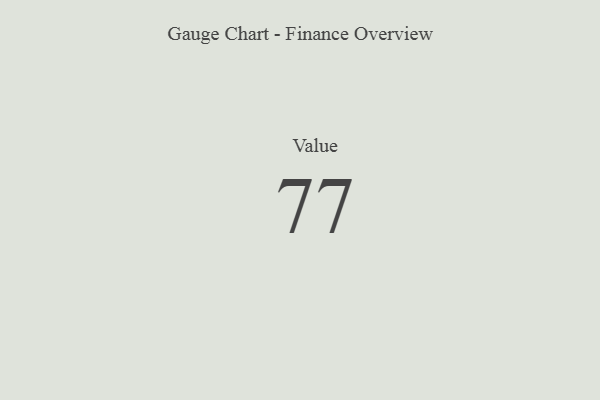
{"axis": {"x": "Metric", "y": "Value"}, "legend": [""], "data": [{"x": "Value", "y": 77, "type": ""}]}